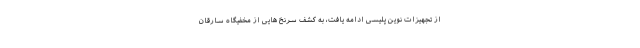
از تجهیزات نوین پلیسی ادامه یافت، به کشف سرنخ هایی از مخفیگاه سارقان